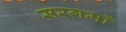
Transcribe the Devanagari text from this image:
सरगमों